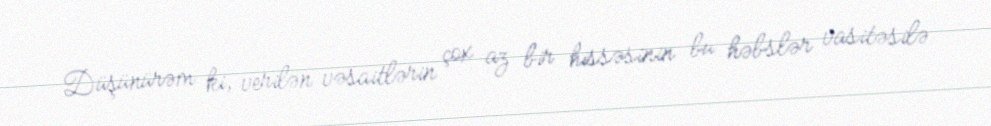
Düşünürəm ki, verilən vəsaitlərin çox az bir hissəsinin bu həbslər vasitəsilə